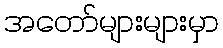
အတော်များများမှာ